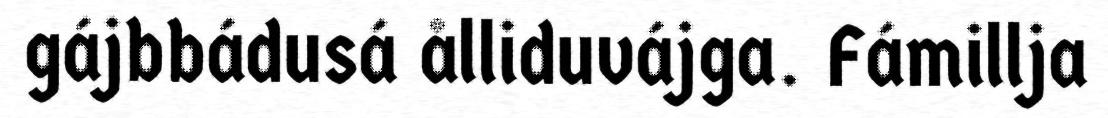
gájbbádusá ålliduvájga. Fámillja